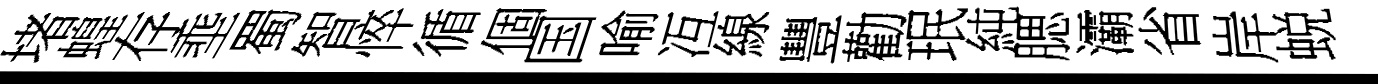
堵蝗存埀蜀智悴循個国喻冱線豐勸珉純腮灞省岸蜕